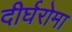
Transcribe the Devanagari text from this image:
दीर्घरोमा